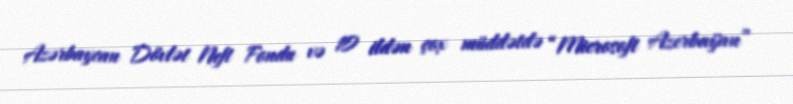
Azərbaycan Dövlət Neft Fondu və 10 ildən çox müddətdə “Microsoft Azerbaijan”